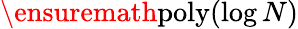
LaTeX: \ensuremath{\operatorname{poly}}(\log{N})